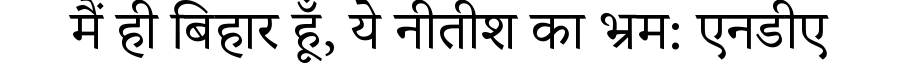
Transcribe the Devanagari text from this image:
मैं ही बिहार हूँ, ये नीतीश का भ्रम: एनडीए